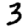
Digit: 3